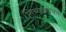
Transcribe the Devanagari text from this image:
तिच्यासोबत